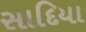
સાદિયા